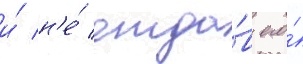
и́ н'е́ отда́в его́